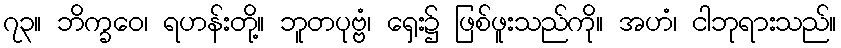
၇၃။ ဘိက္ခဝေ၊ ရဟန်းတို့။ ဘူတပုဗ္ဗံ၊ ရှေး၌ ဖြစ်ဖူးသည်ကို။ အဟံ၊ ငါဘုရားသည်။